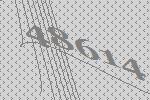
48614